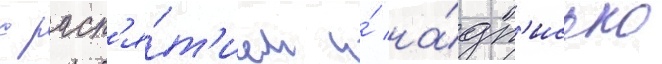
с расп'я́т'ием и́ на́дп'исью